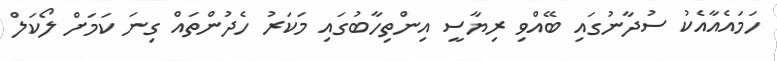
ހަމައެއާއެކު ސުދާނުގައި ބޭއްވި ރިޔާސީ އިންތިހާބުގައި މަކަރު ހެދުންތައް ގިނަ ކަމަށް ލޯކަލް